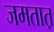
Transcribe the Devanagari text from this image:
जमतात़